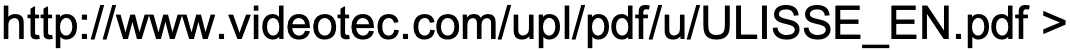
http://www.videotec.com/upl/pdf/u/ULISSE_EN.pdf >